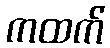
ကထက်